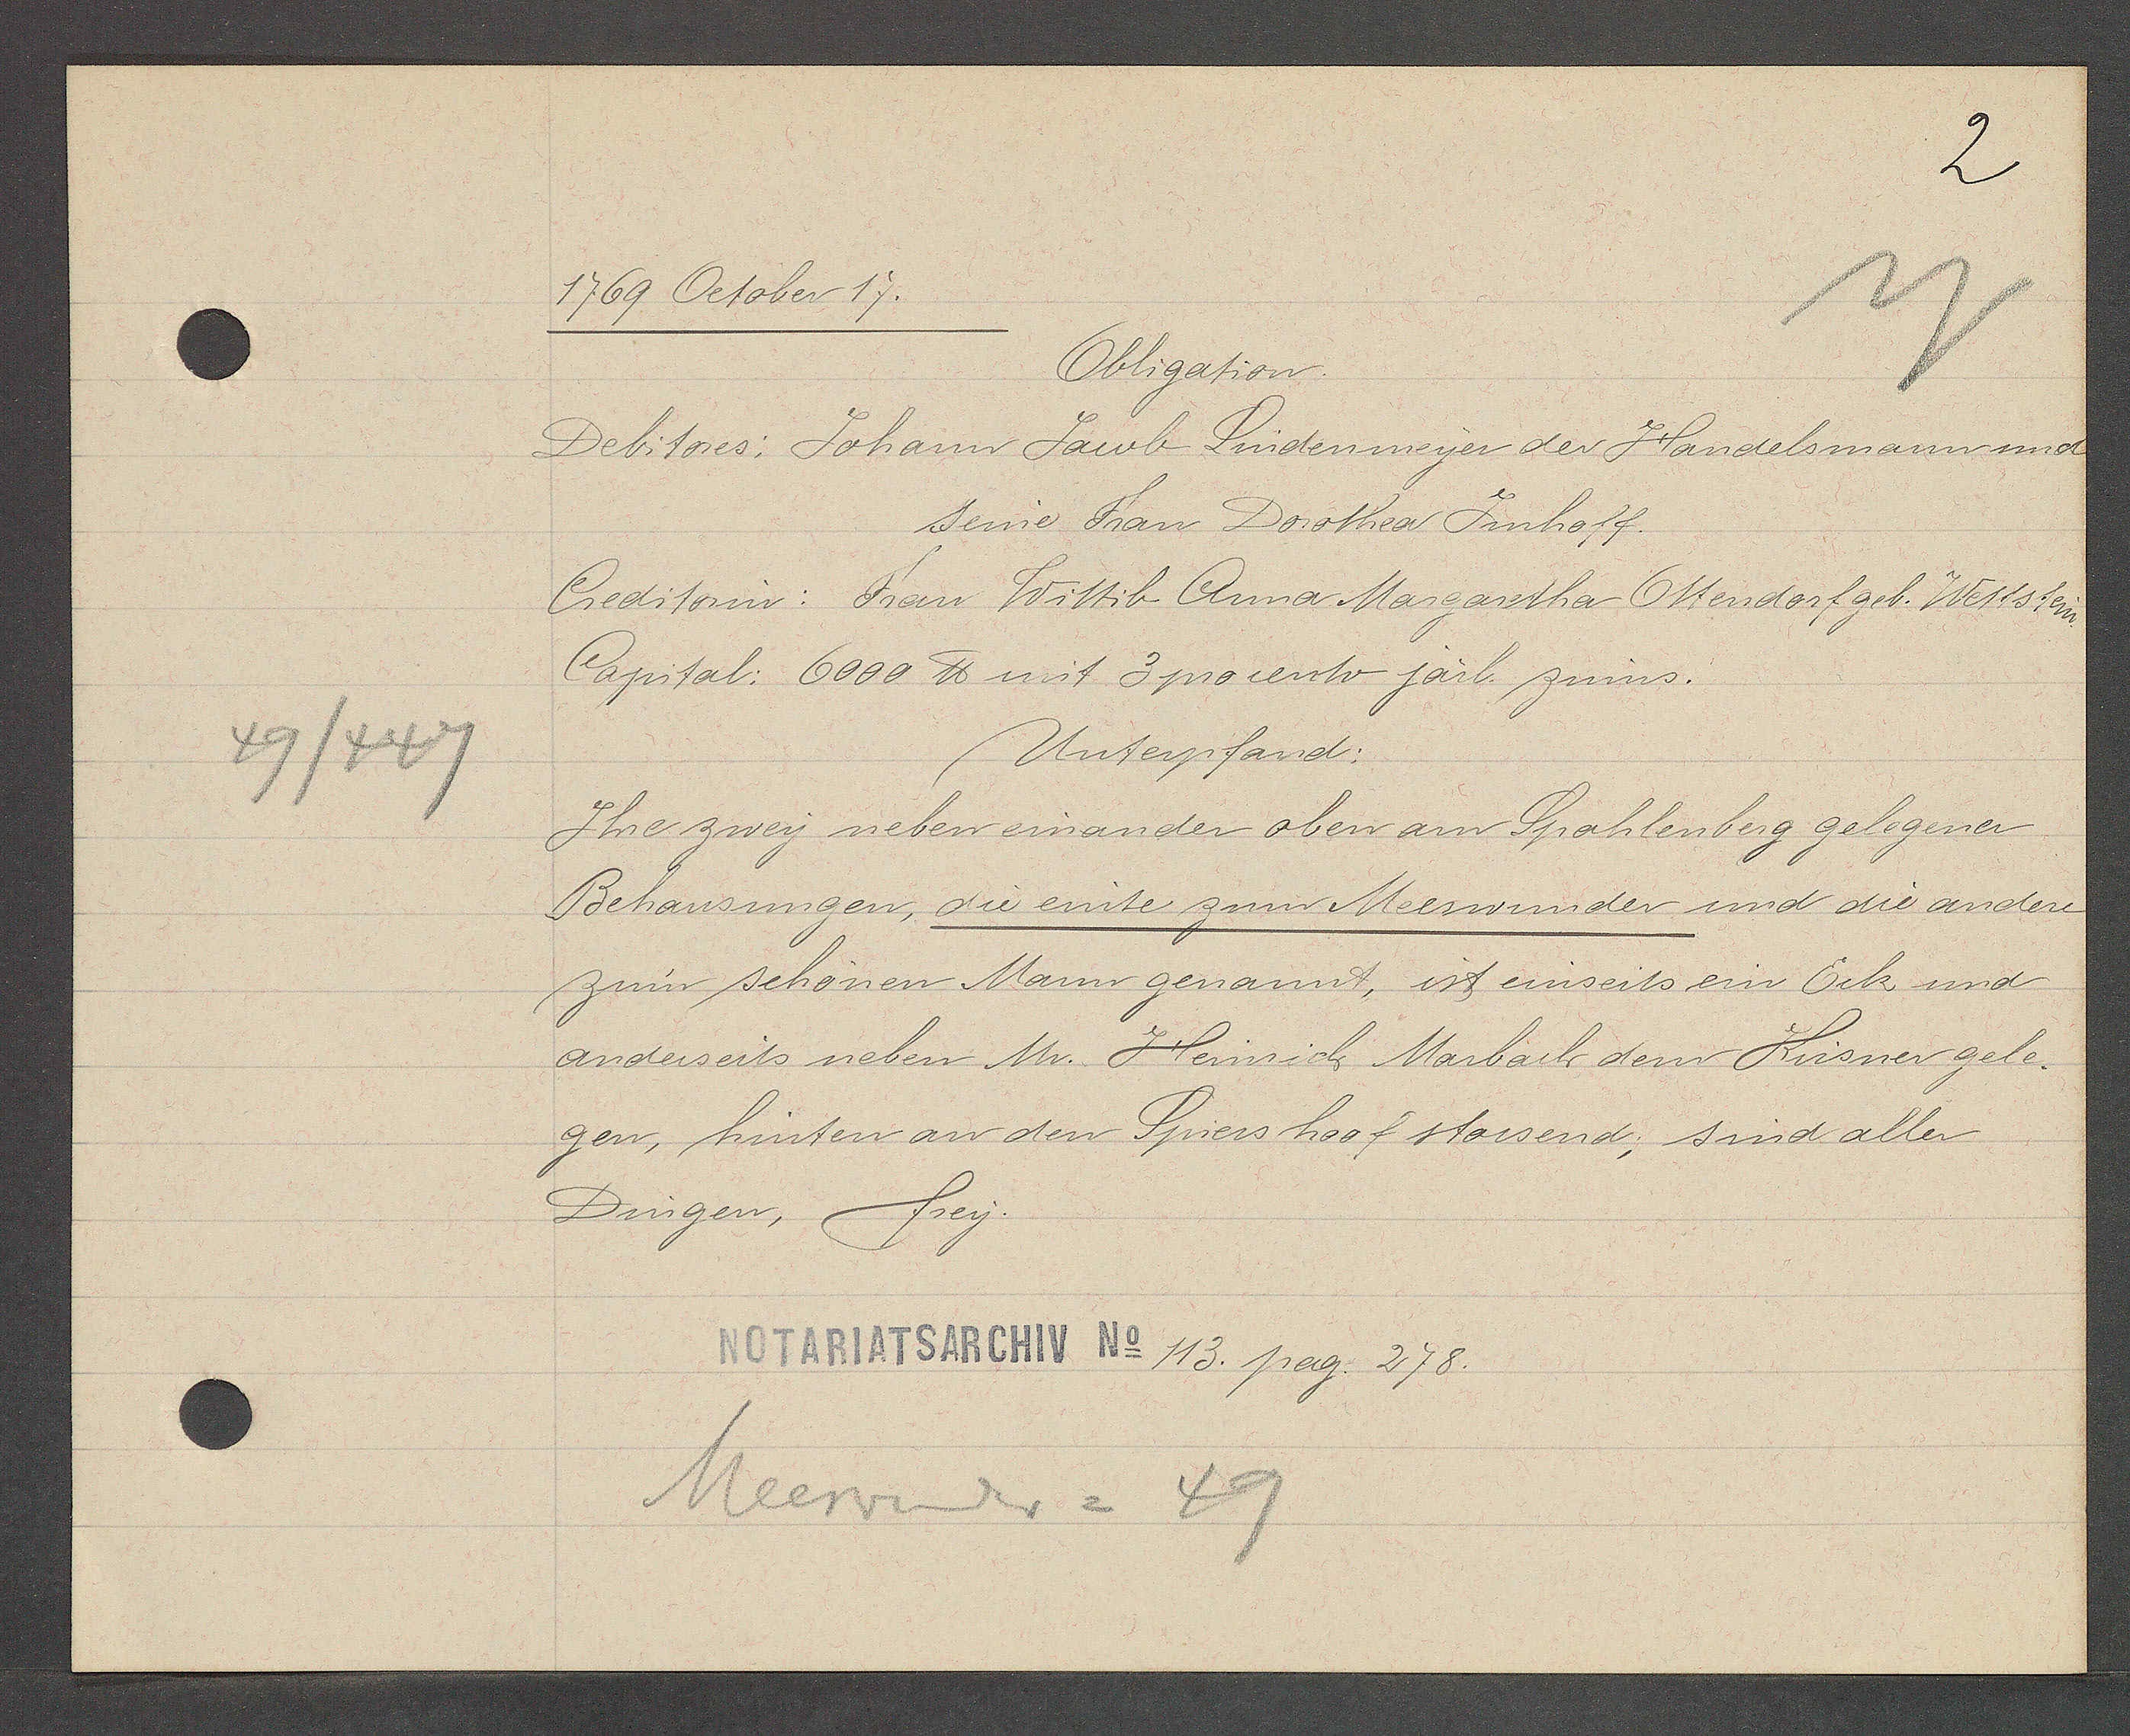
Transcript:
49/447

1769 October 17.

Obligation.
Debitores: Johann Jacob Lindenmeyer der Handelsmann und
seine Frau Dorothea Inhoff.
Creditorin: Frau Wittib Anna Margartha Ottendorf geb. Wettstein.
Capital: 6000 ℔ mit 3 procento järl. zinns.
Unterpfand:
Ihre zwey neben einander oben am Spahlenberg gelegener
Behausungen, die einte zum Meerwunder und die andere
zum schönen Mann genannt, ist einseits ein Eck und
anderseits neben Mr. Heinrich Marbach dem Küsner gele¬
gen, hinten an den Spiesshooff stossend; sind aller
Dingen, frey.

NOTARIATSARCHIV No 113. pag. 278.

Meerwunder = 49